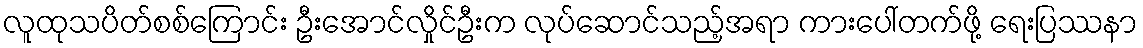
လူထုသပိတ်စစ်ကြောင်း ဦးအောင်လှိုင်ဦးက လုပ်ဆောင်သည့်အရာ ကားပေါ်တက်ဖို့ ရေးပြဿနာ